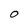
Character: O